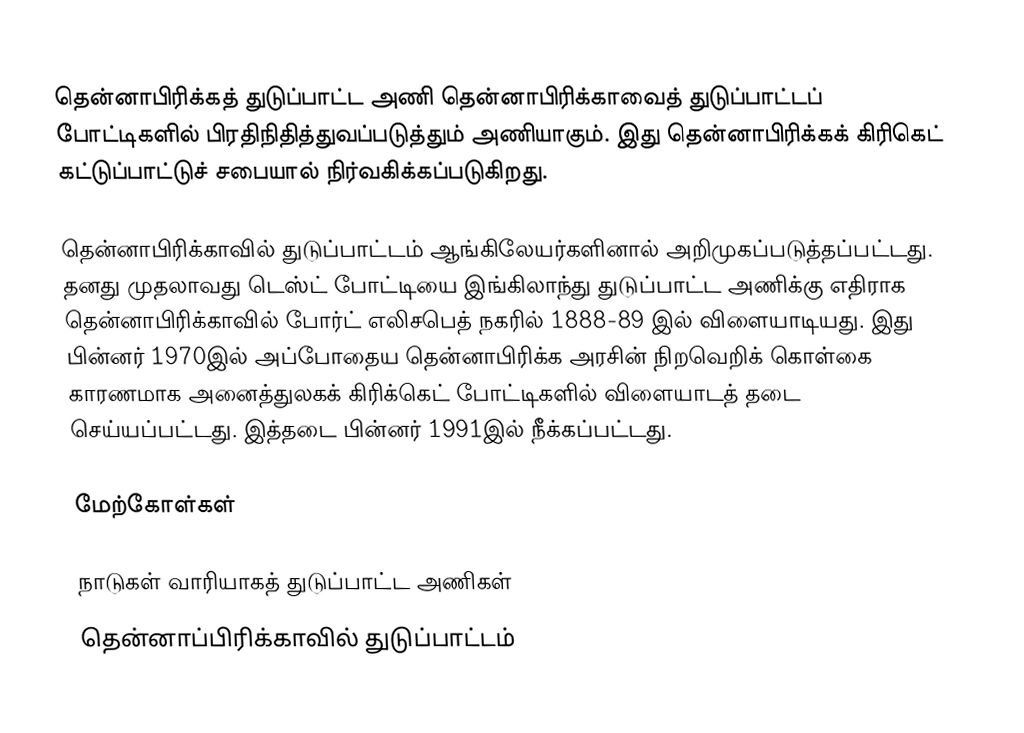
தென்னாபிரிக்கத் துடுப்பாட்ட அணி  தென்னாபிரிக்காவைத் துடுப்பாட்டப் போட்டிகளில் பிரதிநிதித்துவப்படுத்தும் அணியாகும். இது தென்னாபிரிக்கக் கிரிகெட் கட்டுப்பாட்டுச் சபையால் நிர்வகிக்கப்படுகிறது.

தென்னாபிரிக்காவில் துடுப்பாட்டம் ஆங்கிலேயர்களினால் அறிமுகப்படுத்தப்பட்டது. தனது முதலாவது டெஸ்ட் போட்டியை இங்கிலாந்து துடுப்பாட்ட அணிக்கு எதிராக தென்னாபிரிக்காவில் போர்ட் எலிசபெத் நகரில் 1888-89 இல் விளையாடியது. இது பின்னர் 1970இல் அப்போதைய தென்னாபிரிக்க அரசின் நிறவெறிக் கொள்கை காரணமாக அனைத்துலகக் கிரிக்கெட் போட்டிகளில் விளையாடத் தடை செய்யப்பட்டது. இத்தடை பின்னர் 1991இல் நீக்கப்பட்டது.

மேற்கோள்கள்

நாடுகள் வாரியாகத் துடுப்பாட்ட அணிகள்
தென்னாப்பிரிக்காவில் துடுப்பாட்டம்